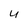
Character: U